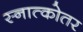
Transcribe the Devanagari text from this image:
स्नात्कोतर